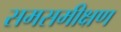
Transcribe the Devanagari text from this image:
समसमीक्षण